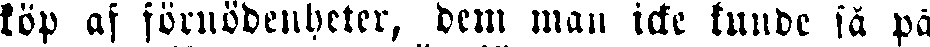
köp af förnödenheter, dem man icke kunde så på